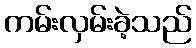
ကမ်းလှမ်းခဲ့သည်